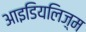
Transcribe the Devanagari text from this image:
आइडियलिज़्म